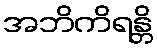
အဘိကိရန္တိ